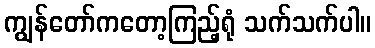
ကျွန်တော်ကတော့ကြည့်ရုံ သက်သက်ပါ။